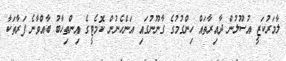
ލާމަރުކަޒީ އުސޫލުން ދާއިރާތައް ހިންގުމުގެ ގާނޫނުގައި އަންހެނުން ކޮމެޓީގެ އިންތިހާބު ބާއްވާނެ ފަރާތަކާ